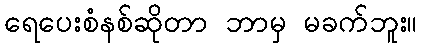
ရေပေးစံနစ်ဆိုတာ ဘာမှ မခက်ဘူး။